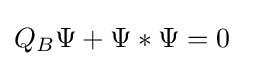
Q_{B}\Psi +\Psi *\Psi =0\left.\right.\